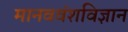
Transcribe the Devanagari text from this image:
मानववंशविज्ञान